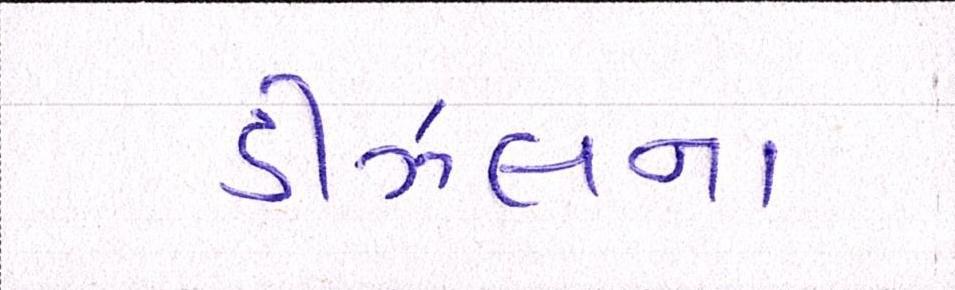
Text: ડીઝલના